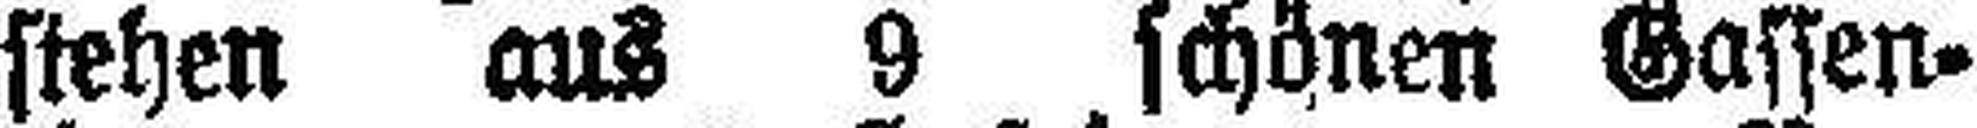
stehen aus 9 schönen Gassen¬